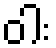
ဝါး